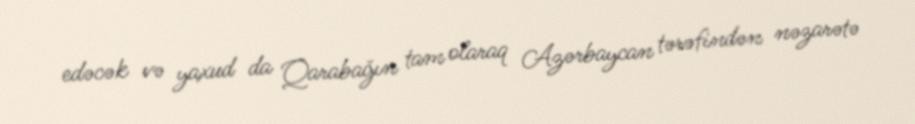
edəcək və yaxud da Qarabağın tam olaraq Azərbaycan tərəfindən nəzarətə